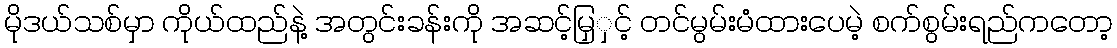
မိုဒယ်သစ်မှာ ကိုယ်ထည်နဲ့ အတွင်းခန်းကို အဆင့်မြှှင့် တင်မွမ်းမံထားပေမဲ့ စက်စွမ်းရည်ကတော့